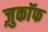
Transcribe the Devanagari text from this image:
ज़ुकाॅफ